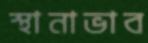
স্থানাভাব